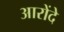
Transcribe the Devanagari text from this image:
आरोंदे